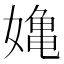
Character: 𭒗